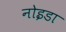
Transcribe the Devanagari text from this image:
नोइडा